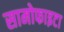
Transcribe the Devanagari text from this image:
सामोफाइटा